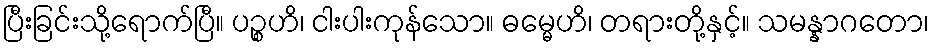
ပြီးခြင်းသို့ရောက်ပြီ။ ပဉ္စဟိ၊ ငါးပါးကုန်သော။ ဓမ္မေဟိ၊ တရားတို့နှင့်။ သမန္နာဂတော၊